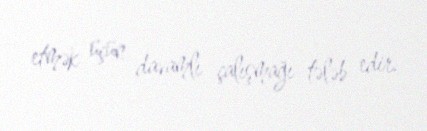
etmək üçün davamlı çalışmağı tələb edir.